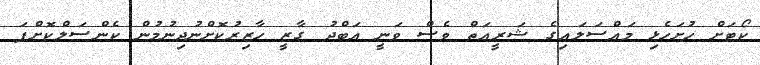
ކޯޓަށް ހުށަހެޅި މައްސަލައިގެ ޝަރީއަތް ވެސް ވަނީ އަބްދު ގާޒީ ހާޒިރުކޮށްނުދިނުމުން ކެންސަލްކޮށްފަ